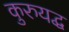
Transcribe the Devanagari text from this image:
कुरुयद्ध